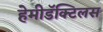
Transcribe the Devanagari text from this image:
हेमीडॅक्टिलस